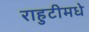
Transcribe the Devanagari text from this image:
राहुटीमधे